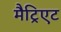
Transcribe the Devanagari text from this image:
मैट्रिएट